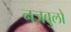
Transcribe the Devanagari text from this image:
नजबुलो